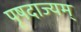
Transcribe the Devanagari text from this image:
पृषदाज्यम्